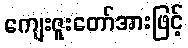
ကျေးဇူးတော်အားဖြင့်